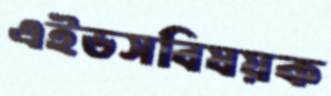
এইডসবিষয়ক